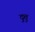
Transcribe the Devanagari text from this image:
दुत्तु